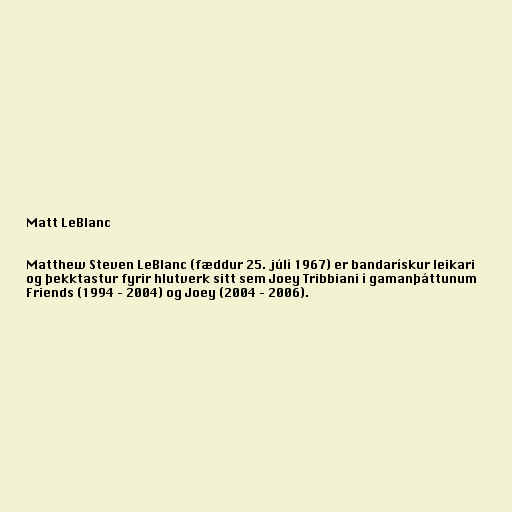
Matt LeBlanc

Matthew Steven LeBlanc (fæddur 25. júlí 1967) er bandarískur leikari
og þekktastur fyrir hlutverk sitt sem Joey Tribbiani í gamanþáttunum
Friends (1994 – 2004) og Joey (2004 – 2006).